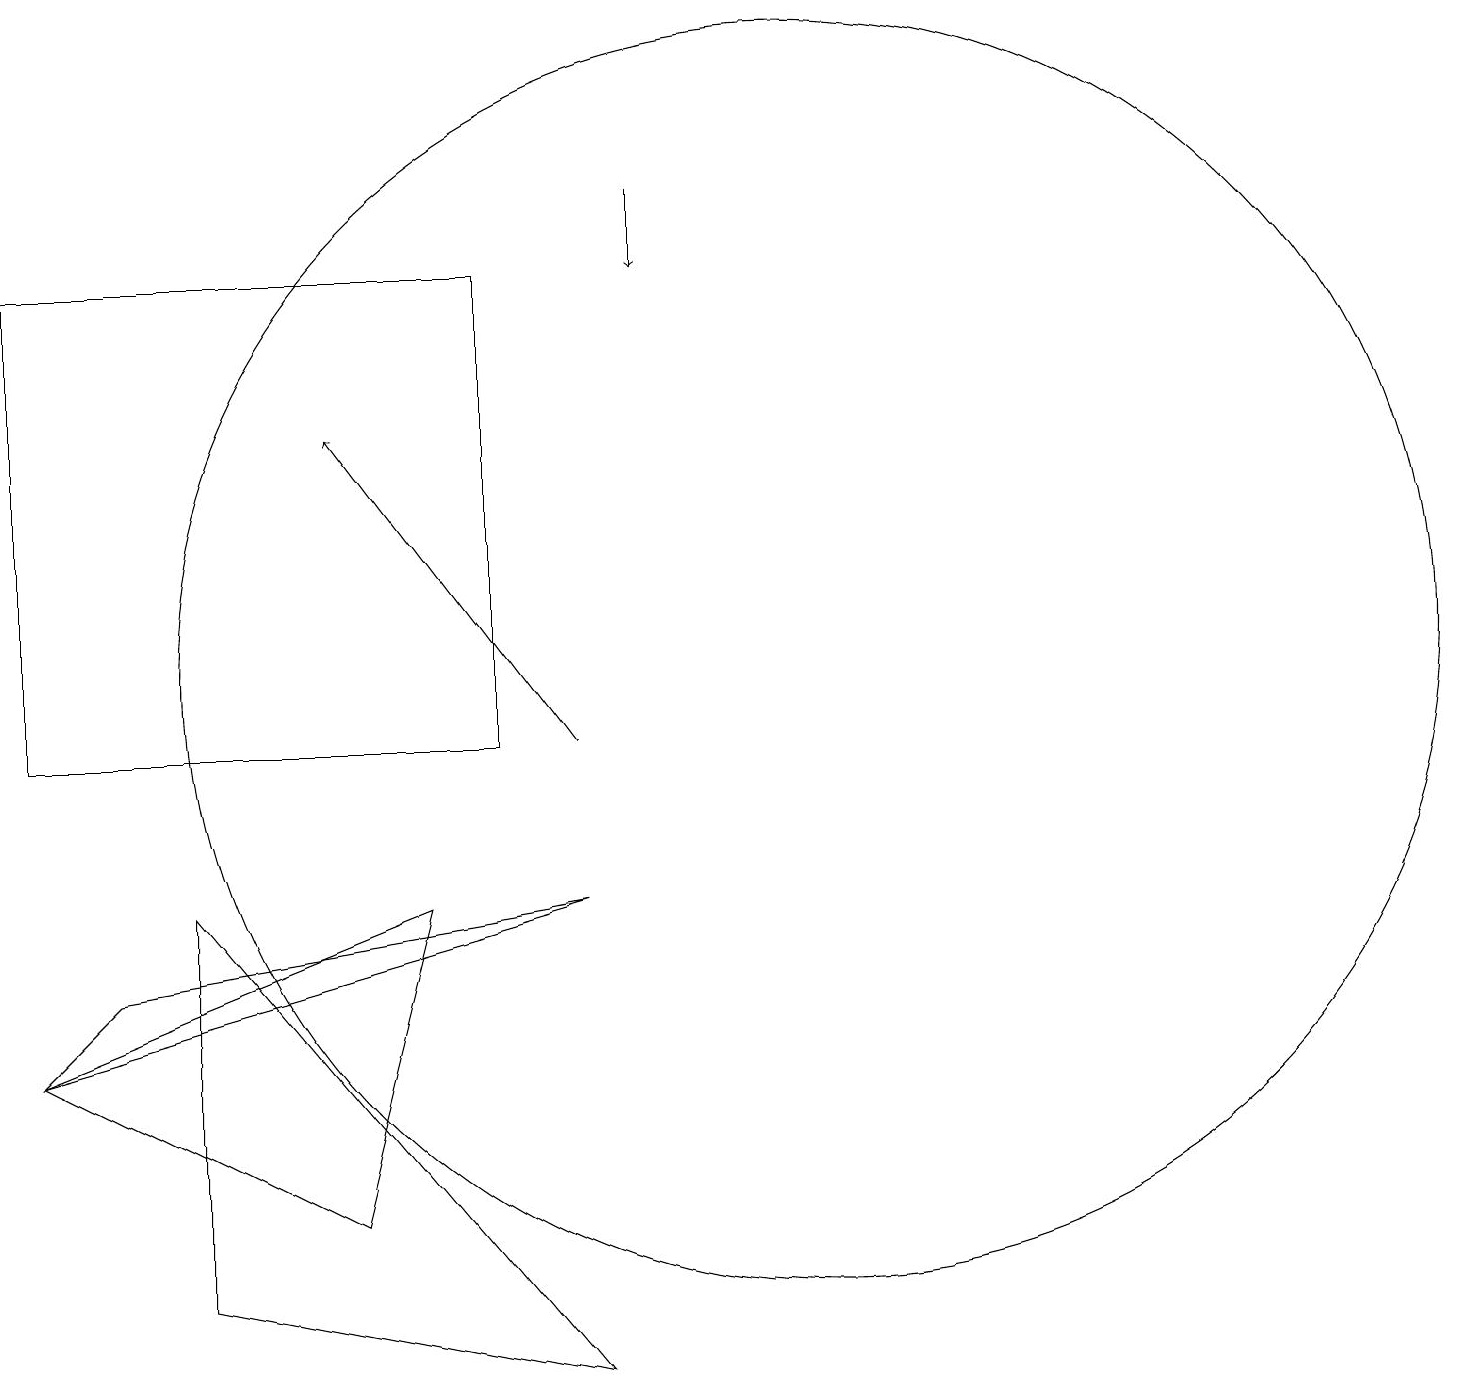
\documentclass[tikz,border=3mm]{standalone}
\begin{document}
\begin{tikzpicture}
\draw (6,8) -- (1,6) -- (5,4) -- cycle;
\draw (2,7) -- (8,8) -- (1,6) -- cycle;
\draw (11,11) circle (8);
\draw (3,3) -- (3,8) -- (8,2) -- cycle;
\draw[->] (8,10) -- (5,14);
\draw (1,10) rectangle (7,16);
\draw[->] (9,17) -- (9,16);
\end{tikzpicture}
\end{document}